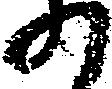
の